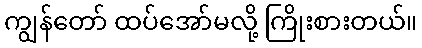
ကျွန်တော် ထပ်အော်မလို့ ကြိုးစားတယ်။